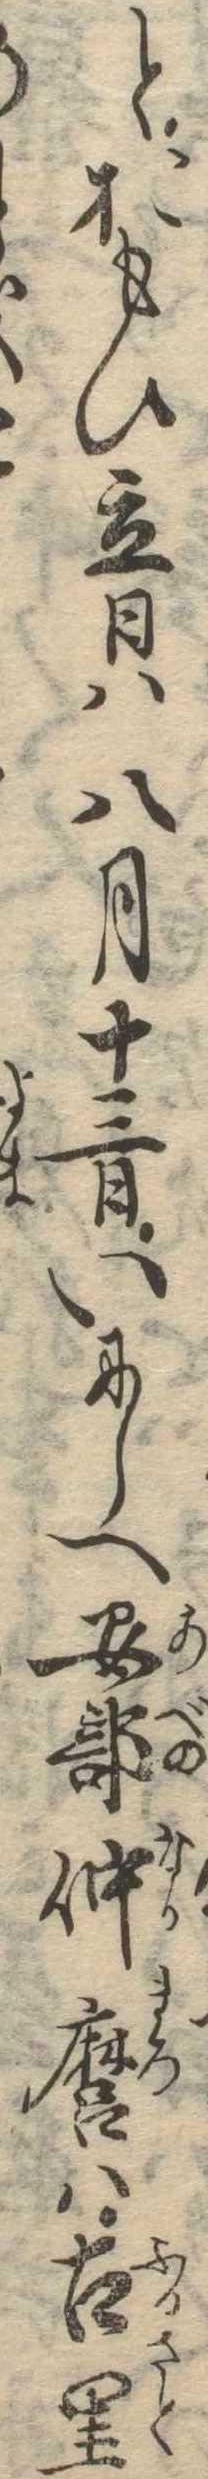
とおもひ立日は八月十三日いにしへ安倍仲麿は古里